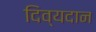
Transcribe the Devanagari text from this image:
दिव्यदान